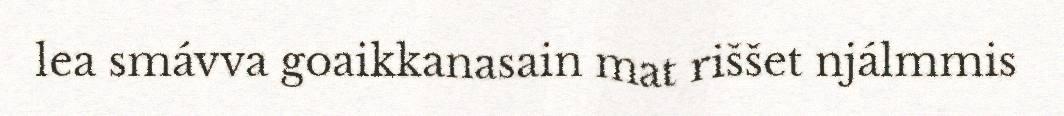
lea smávva goaikkanasain mat riššet njálmmis